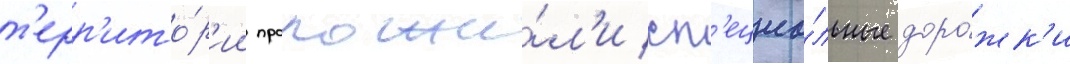
т'ерр'ито́р'ии проложи́л'и сп'ециа́льные доро́жк'и